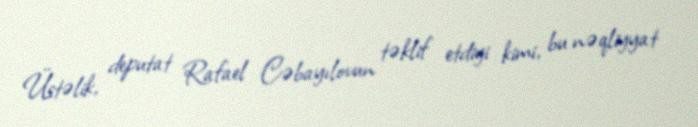
Üstəlik, deputat Rafael Cəbayılovun təklif etdiyi kimi, bu nəqliyyat